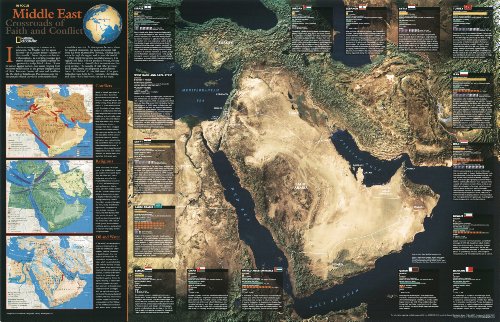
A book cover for Iraq and the Heart of the Middle East Laminated Wall Map (Reference - Countries & Regions); National Geographic Maps; Travel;